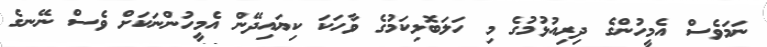
ނަމަވެސް އެމީހުންގެ ދިރިއުޅުމުގެ މި ހަލަބޮލިކަމުގެ ވާހަކަ ކިޔައިދޭން އެމީހުންނަކަށް ވެސް ނޭނގެ